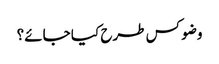
وضو کس طرح کیا جائے؟